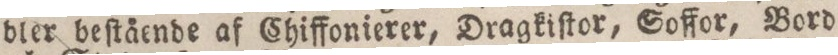
bler beſtående af Chiffonierer, Dragkiſtor, Soffor, Bord